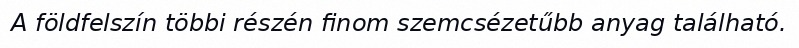
A földfelszín többi részén finom szemcsézetűbb anyag található.